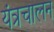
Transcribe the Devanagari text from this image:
यंत्रचालन